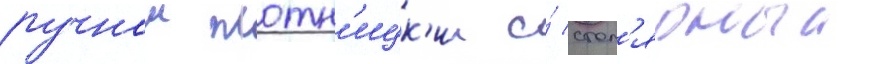
ручнои плотн'ицк'ии и́ стол'ярныи